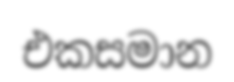
එකසමාන